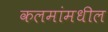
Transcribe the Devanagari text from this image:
कलमांमधील